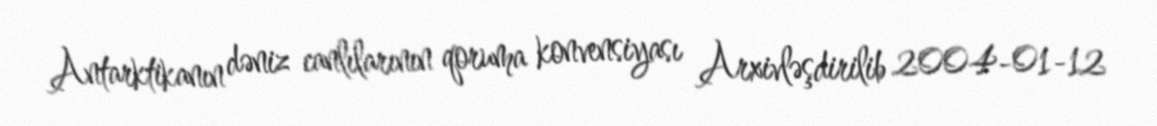
Antarktikanın dəniz canlılarının qoruma konvensiyası Arxivləşdirilib 2004-01-12